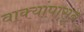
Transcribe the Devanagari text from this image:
वाक्यांपासून